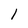
Character: l